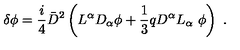
\delta \phi = \frac { i } { 4 } { \bar { D } } ^ { 2 } \left( L ^ { \alpha } D _ { \alpha } \phi + \frac { 1 } { 3 } q D ^ { \alpha } L _ { \alpha } \ \phi \right) \ .